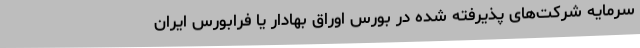
سرمایه شرکت‌های پذیرفته شده در بورس اوراق بهادار یا فرابورس ایران